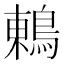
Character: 鶇